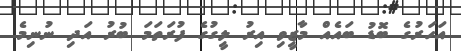
އަހަރުގެ ބޮޑު ބައެއް މާޒީވި އިރު ލީގުގެ ފުރަތަމަ ބުރު އަދި ނުނިމެ